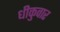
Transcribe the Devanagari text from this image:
धीकुवार